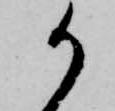
御